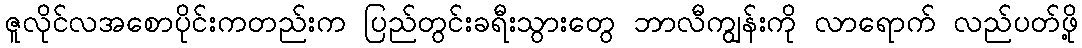
ဇူလိုင်လအစောပိုင်းကတည်းက ပြည်တွင်းခရီးသွားတွေ ဘာလီကျွန်းကို လာရောက် လည်ပတ်ဖို့